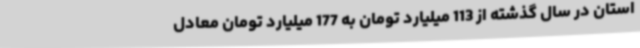
استان در سال گذشته از 113 میلیارد تومان به 177 میلیارد تومان معادل